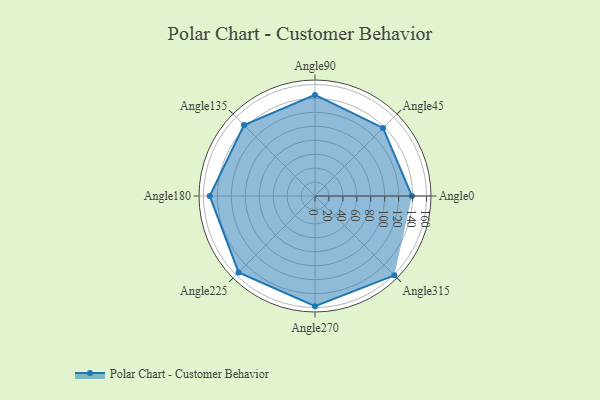
{"axis": {"x": "Angle", "y": "Radius"}, "legend": [""], "data": [{"x": "Angle0", "y": 139.0, "type": ""}, {"x": "Angle45", "y": 138.0, "type": ""}, {"x": "Angle90", "y": 145.0, "type": ""}, {"x": "Angle135", "y": 144.0, "type": ""}, {"x": "Angle180", "y": 151.0, "type": ""}, {"x": "Angle225", "y": 155.0, "type": ""}, {"x": "Angle270", "y": 158.0, "type": ""}, {"x": "Angle315", "y": 161.0, "type": ""}]}